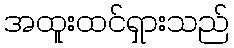
အထူးထင်ရှားသည်